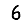
Digit: 6